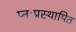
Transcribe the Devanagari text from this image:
प्नःप्रस्थापित